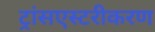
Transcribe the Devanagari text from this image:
ट्रांसएस्टरीकरण